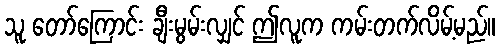
သူ တော်ကြောင်း ချီးမွမ်းလျှင် ဤလူက ကမ်းတက်လိမ့်မည်။